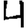
Digit: 4